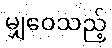
မျှဝေသည့်